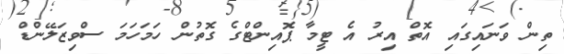
ތިން ވަނައިގައި އޮތް އިރު އެ ޓީމާ ޕޮއިންޓްގެ ގޮތުން ހަމަހަމަ ސްވިޒަލޭންޑް